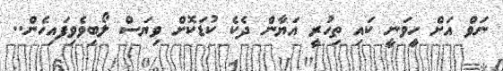
ނަވް އަށް ހީވަނީ ކައި ތިހުރީ އަޔާން ދެކެ ކުޑަކޮށް ވިޔަސް ލޯބިވެވިފައިހެން..